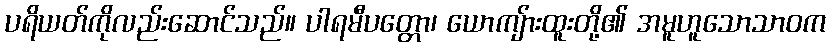
ပရိယတ်ကိုလည်းဆောင်သည်။ ပါရမီပတ္တော၊ ယောကျ်ားထူးတို့၏ အမူဟူသောသာဝက